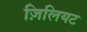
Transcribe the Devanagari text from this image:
ज़िलियट